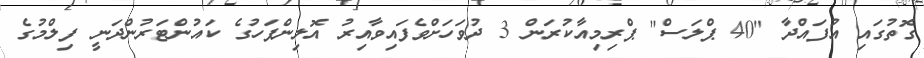
ގޮތުގައި އުފައްދާ "40 ޕްލަސް" ޕްރިމިއާކުރަން 3 ދުވަހަށްވެފައިވާއިރު އޮލިންޕަހުގެ ކައުންޓަރުންދަނީ ފިލްމުގެ